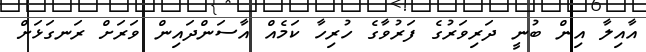
އާއިލާ އިން ބުނީ ދަރިވަރުގެ ފަރުވާގެ ހުރިހާ ކަމެއް އާސަންދައިން ވަރަށް ރަނގަޅަށް